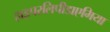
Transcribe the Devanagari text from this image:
हाइपरलिपीडाएमिया